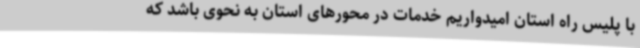
با پلیس راه استان امیدواریم خدمات در محورهای استان به نحوی باشد که